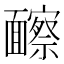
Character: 𩉐